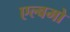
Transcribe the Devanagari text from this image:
एल्बमो